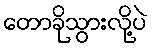
တောခိုသွားလို့ပဲ